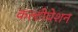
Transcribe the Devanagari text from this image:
कल्टीवेशन